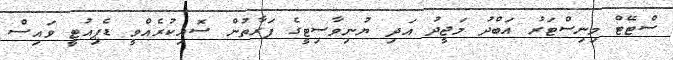
ސްޓޭޓް މިނިސްޓަރު އަބްދު މަޖީދު އަދި ޔުނިވާސިޓީގެ ފަރާތުން ސޮއިކުރެއްވީ ޑެޕިއުޓީ ވައިސް